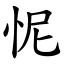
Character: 怩